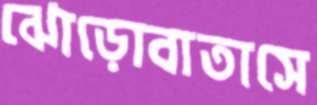
ঝোড়োবাতাসে